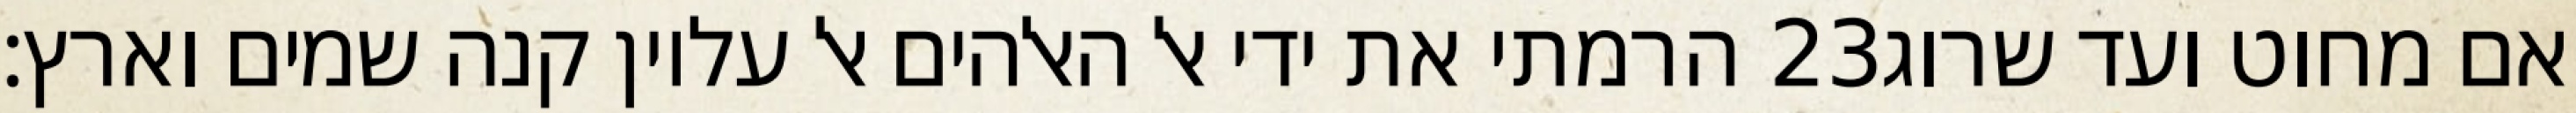
הרמתי את ידי אל האלהים אל עליון קנה שמים וארץ׃ ‎23‏ אם מחוט ועד שרוג